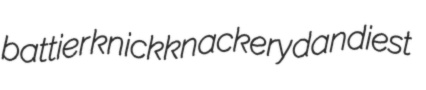
battier knickknackery dandiest